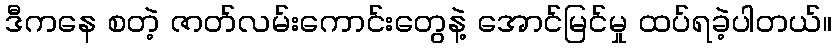
ဒီကနေ စတဲ့ ဇာတ်လမ်းကောင်းတွေနဲ့ အောင်မြင်မှု ထပ်ရခဲ့ပါတယ်။